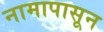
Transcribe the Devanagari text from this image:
नामापासून